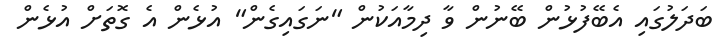
ބަދަލުގައި އެބޭފުޅުން ބޭނުން ވާ ދިމާއަކުން "ނަގައިގެން" އުޅެން އެ ގޮތަށް އުޅެން